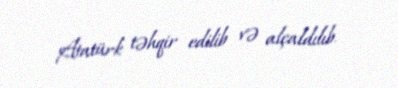
Atatürk təhqir edilib və alçaldılıb.